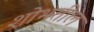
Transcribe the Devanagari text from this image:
शोभतील